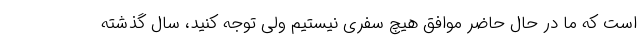
است که ما در حال حاضر موافق هیچ سفری نیستیم ولی توجه کنید، سال گذشته